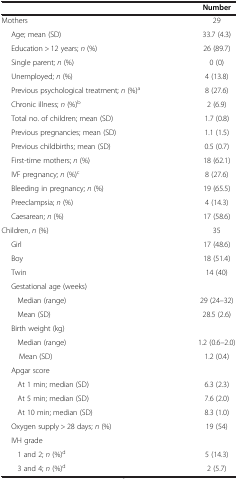
<table><thead><tr><td><b> </b></td><td><b>Number</b></td></tr></thead><tbody><tr><td>Mothers</td><td>29</td></tr><tr><td>Age; mean (SD)</td><td>33.7 (4.3)</td></tr><tr><td>Education &gt; 12 years; <i>n</i> (%)</td><td>26 (89.7)</td></tr><tr><td>Single parent; <i>n</i> (%)</td><td>0 (0)</td></tr><tr><td>Unemployed; <i>n</i> (%)</td><td>4 (13.8)</td></tr><tr><td>Previous psychological treatment; <i>n</i> (%)<sup>a</sup></td><td>8 (27.6)</td></tr><tr><td>Chronic illness; <i>n</i> (%)<sup>b</sup></td><td>2 (6.9)</td></tr><tr><td>Total no. of children; mean (SD)</td><td>1.7 (0.8)</td></tr><tr><td>Previous pregnancies; mean (SD)</td><td>1.1 (1.5)</td></tr><tr><td>Previous childbirths; mean (SD)</td><td>0.5 (0.7)</td></tr><tr><td>First-time mothers; <i>n</i> (%)</td><td>18 (62.1)</td></tr><tr><td>IVF pregnancy; <i>n</i> (%)<sup>c</sup></td><td>8 (27.6)</td></tr><tr><td>Bleeding in pregnancy; <i>n</i> (%)</td><td>19 (65.5)</td></tr><tr><td>Preeclampsia; <i>n</i> (%)</td><td>4 (14.3)</td></tr><tr><td>Caesarean; <i>n</i> (%)</td><td>17 (58.6)</td></tr><tr><td>Children, <i>n</i> (%)</td><td>35</td></tr><tr><td>Girl</td><td>17 (48.6)</td></tr><tr><td>Boy</td><td>18 (51.4)</td></tr><tr><td>Twin</td><td>14 (40)</td></tr><tr><td>Gestational age (weeks)</td><td> </td></tr><tr><td>Median (range)</td><td>29 (24–32)</td></tr><tr><td>Mean (SD)</td><td>28.5 (2.6)</td></tr><tr><td>Birth weight (kg)</td><td> </td></tr><tr><td>Median (range)</td><td>1.2 (0.6–2.0)</td></tr><tr><td>Mean (SD)</td><td>1.2 (0.4)</td></tr><tr><td>Apgar score</td><td> </td></tr><tr><td>At 1 min; median (SD)</td><td>6.3 (2.3)</td></tr><tr><td>At 5 min; median (SD)</td><td>7.6 (2.0)</td></tr><tr><td>At 10 min; median (SD)</td><td>8.3 (1.0)</td></tr><tr><td>Oxygen supply &gt; 28 days; <i>n</i> (%)</td><td>19 (54)</td></tr><tr><td>IVH grade</td><td> </td></tr><tr><td>1 and 2; <i>n</i> (%)<sup>d</sup></td><td>5 (14.3)</td></tr><tr><td>3 and 4; <i>n</i> (%)<sup>d</sup></td><td>2 (5.7)</td></tr></tbody></table>